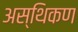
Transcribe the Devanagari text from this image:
अस्थिकण